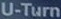
U-Turn